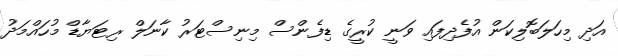
އަދި މިހަލަބޮލިކަން އުފެދިފައި ވަނީ ކުރީގެ ޑިފެންސް މިނިސްޓަރު ކާނަލް ރިޓަޔާޑް މުހައްމަދު